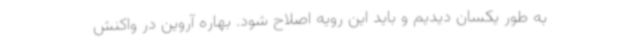
به طور یکسان دیدیم و باید این رویه اصلاح شود. بهاره آروین در واکنش